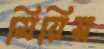
মিয়িস